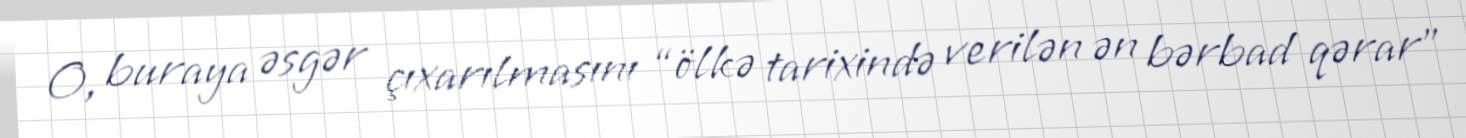
O, buraya əsgər çıxarılmasını “ölkə tarixində verilən ən bərbad qərar”